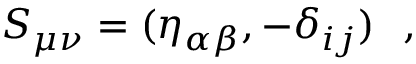
S _ { \mu \nu } = ( \eta _ { \alpha \beta } , - \delta _ { i j } ) ~ ~ ,